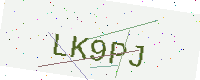
Text: LK9PJ